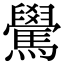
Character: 䮸